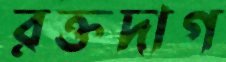
রক্তদাগ